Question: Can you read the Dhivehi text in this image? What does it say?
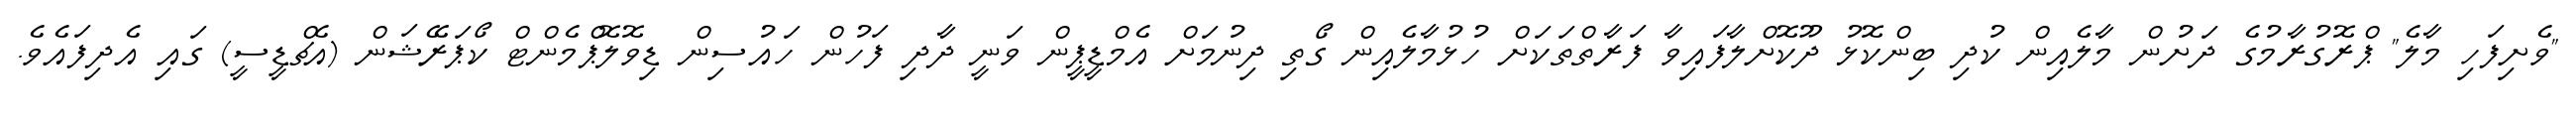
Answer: "ވެށިފަހި މާލެ" ޕްރޮގުރާމުގެ ދަށުން މާލެއިން ކުދި ބިންކޮޅު ދޫކޮށްލާފައިވާ ފަރާތްތަކަށް ހުޅުމާލެއިން ގޯތި ދިނުމަށް އެމްޑީޕީން ވަނީ ދާދި ފަހުން ހައުސިން ޑިވޮލޮޕްމެންޓް ކޯޕަރޭޝަން (އެޗްޑީސީ) ގައި އެދިފައެވެ.